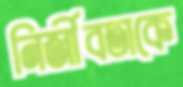
নির্জীবতাকে